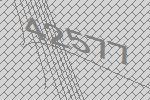
42577